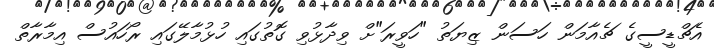
އެޗްޑީސީގެ ޗެއާމަން ހަސަން ޒިޔަތު "ހަވީރަ"ށް ވިދާޅުވި ގޮތުގައި ހުޅުމާލޭގައި ރޯހައުސް އިމާރާތް